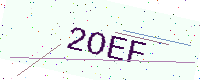
Text: 2OEF